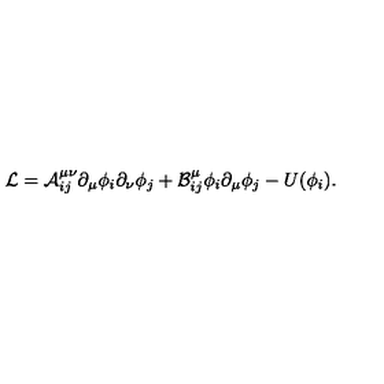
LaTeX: { \cal { L } } = { \cal { A } } _ { i j } ^ { \mu \nu } \partial _ { \mu } \phi _ { i } \partial _ { \nu } \phi _ { j } + { \cal { B } } _ { i j } ^ { \mu } \phi _ { i } \partial _ { \mu } \phi _ { j } - U ( \phi _ { i } ) .